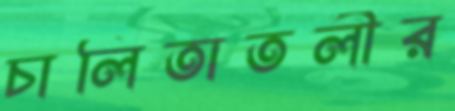
চালিতাতলীর